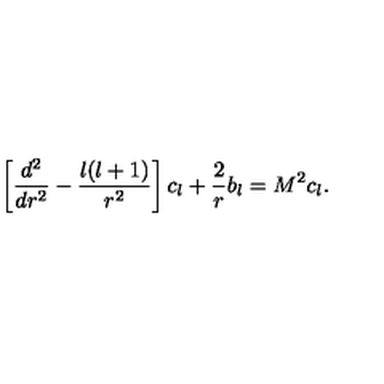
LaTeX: \left[ { \frac { d ^ { 2 } } { d r ^ { 2 } } } - { \frac { l ( l + 1 ) } { r ^ { 2 } } } \right] c _ { l } + { \frac { 2 } { r } } b _ { l } = M ^ { 2 } c _ { l } .